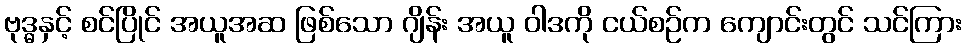
ဗုဒ္ဓနှင့် စင်ပြိုင် အယူအဆ ဖြစ်သော ဂျိန်း အယူ ဝါဒကို ငယ်စဉ်က ကျောင်းတွင် သင်ကြား